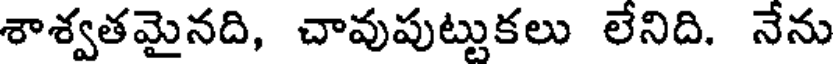
శాశ్వతమైనది, చావుపుట్టుకలు లేనిది. నేను